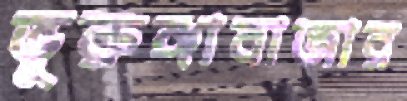
ভূরুঙ্গাবাজার